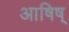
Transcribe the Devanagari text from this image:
आषिष्